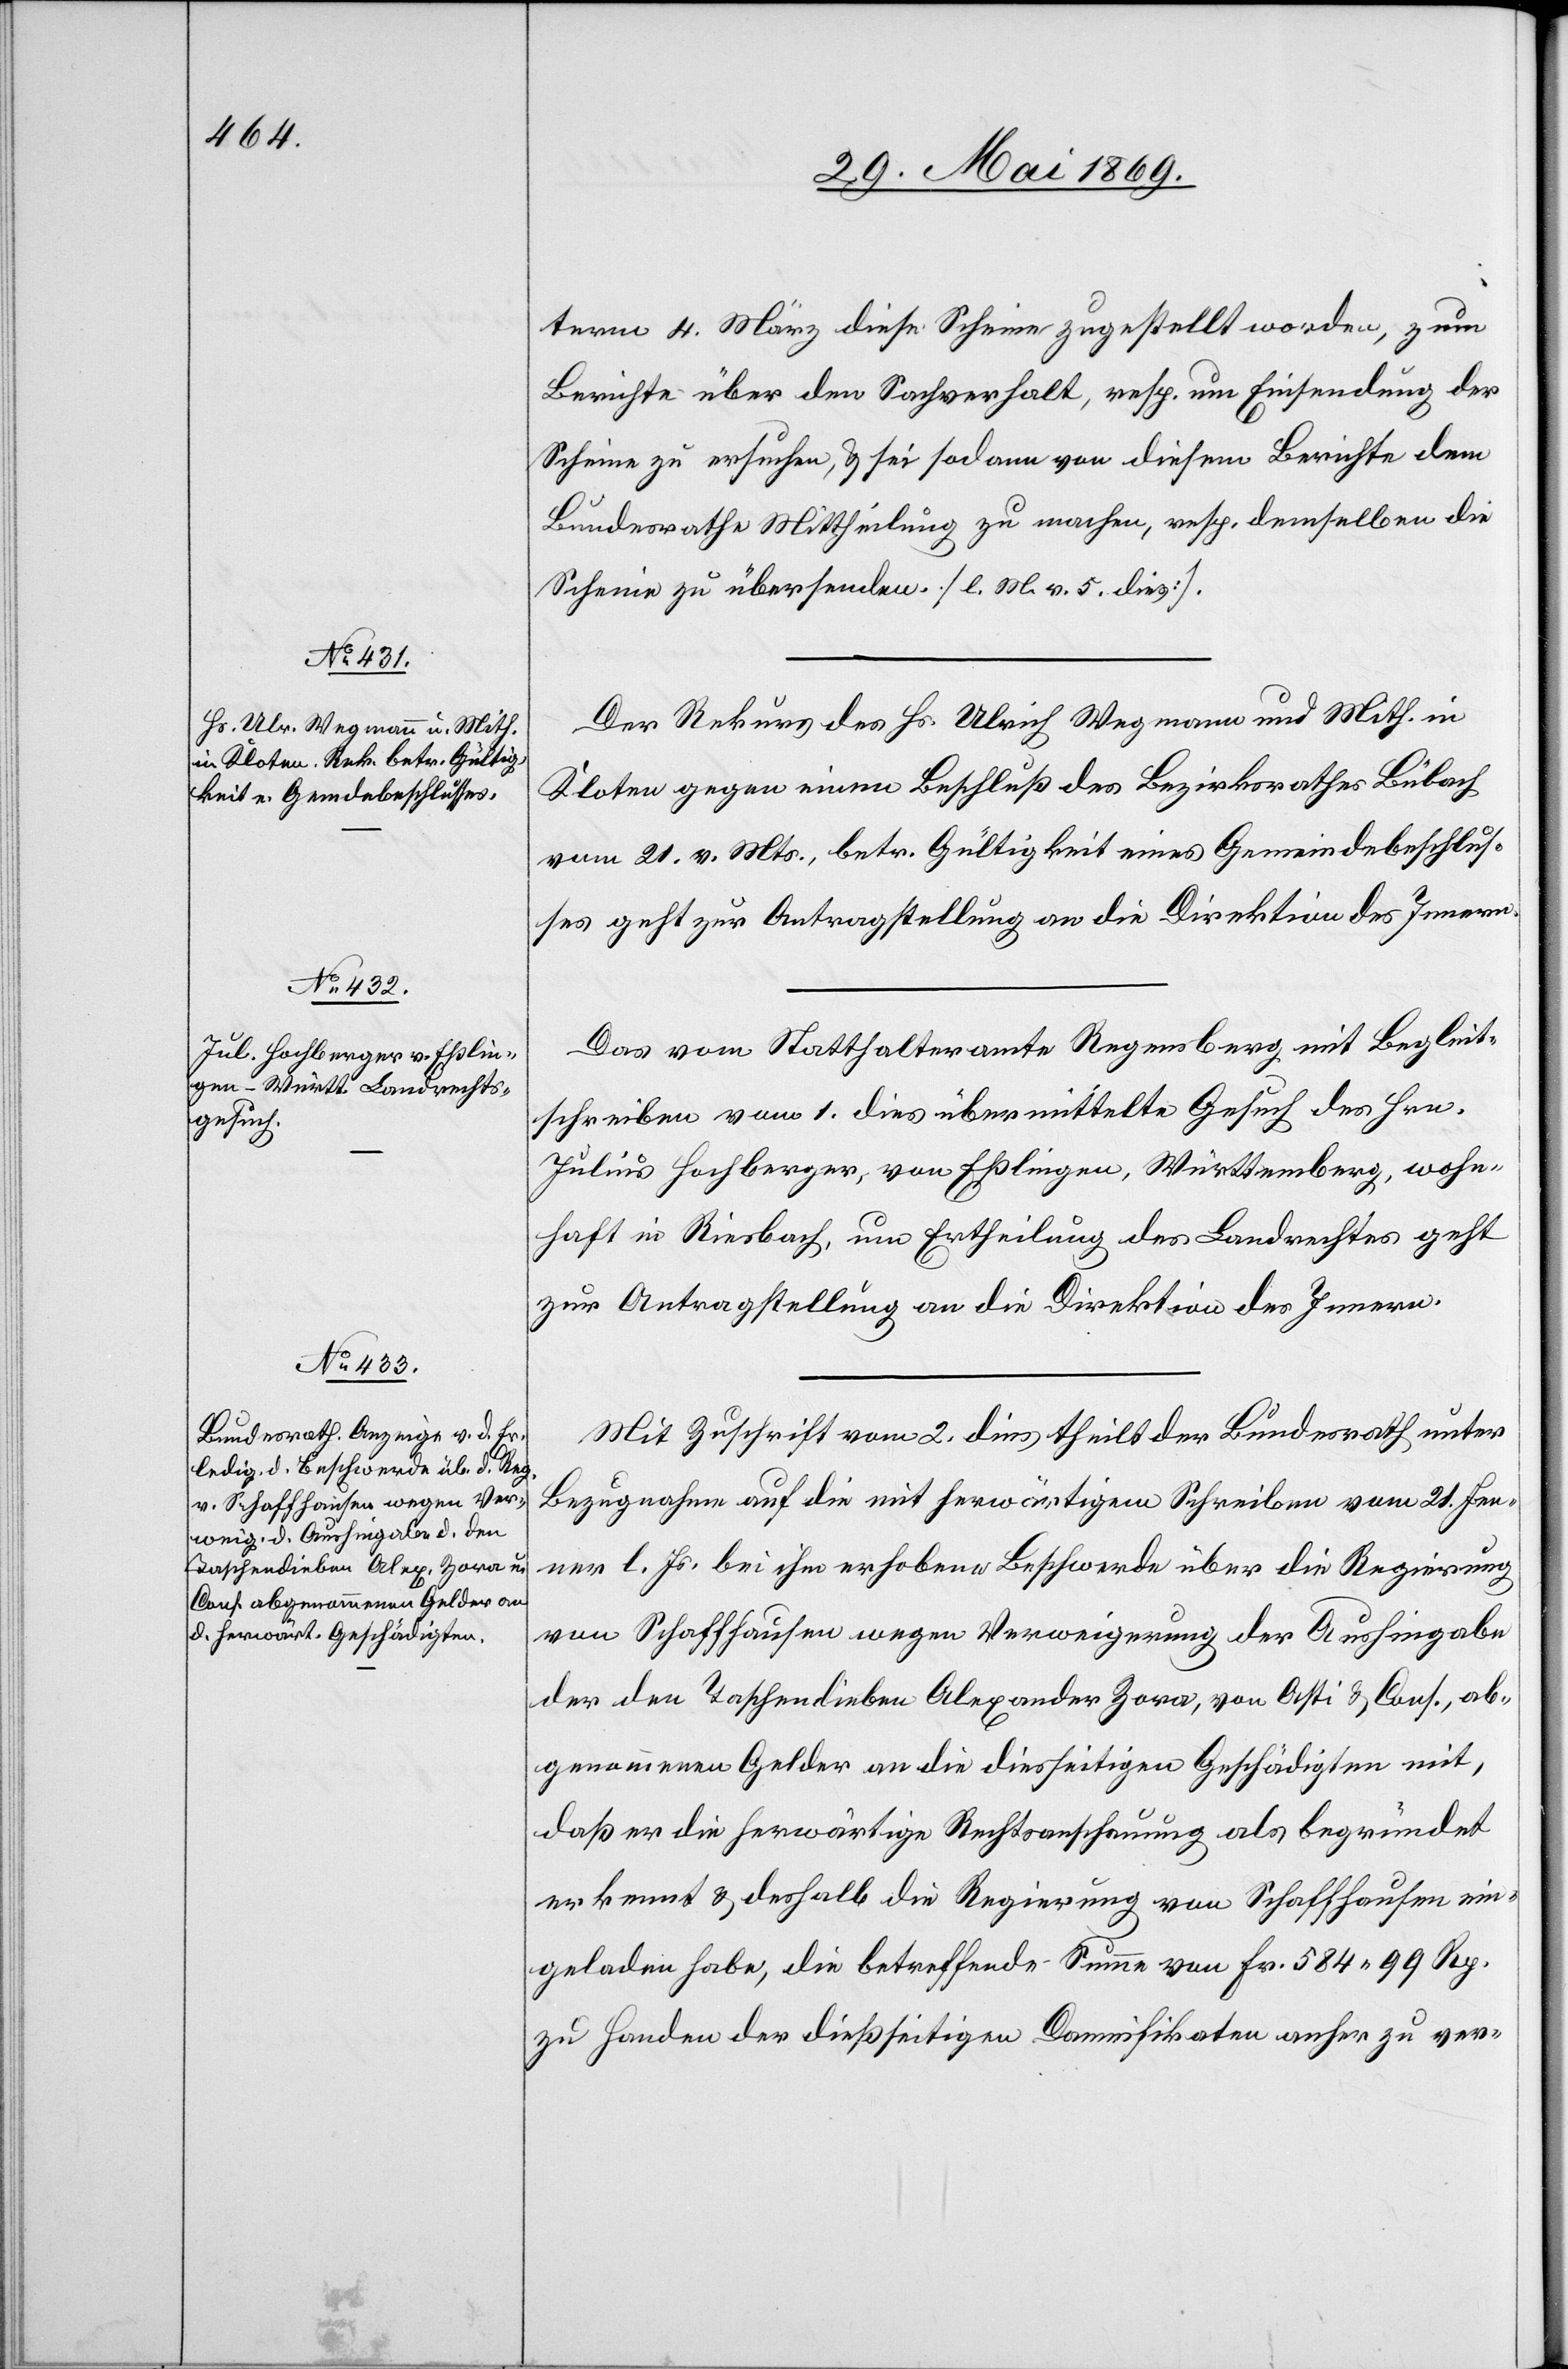
term 4. März diese Scheine zugestellt worden, zum
Berichte über den Sachverhalt, resp. um Einsendung der
Scheine zu ersuchen, u. sei sodann von diesem Berichte dem
Bundesrathe Mittheilung zu machen, resp. demselben die
Scheine zu übersenden. [l. M. v. 5. dies]
Der Rekurs des Hs. Ulrich Wegmann und Mith. in
Kloten gegen einen Beschluß des Bezirksrathes Bülach
vom 21. v. Mts., betr. Gültigkeit eines Gemeindebeschlus¬
ses geht zur Antragstellung an die Direktion des Innern.
Das vom Statthalteramte Regensberg mit Begleit¬
schreiben vom 1. dies übermittelte Gesuch des Hrn.
Julius Hochberger, von Eßlingen, Württemberg, wohn¬
haft in Riesbach, um Ertheilung des Landrechtes geht
zur Antragstellung an die Direktion des Innern.
Mit Zuschrift vom 2. dies theilt der Bundesrath unter
Bezugnahme auf die mit herwärtigem Schreiben vom 21. Jen¬
ner l. Js. bei ihm erhobene Beschwerde über die Regierung
von Schaffhausen wegen Verweigerung der Aushingabe
der den Taschendieben Alexander Zora, von Ossi u. Cons. ab¬
genommenen Gelder an die diesseitige Geschädigten mit,
daß er die herwärtige Rechtsanschauung als begründet
erkennt u. deshalb die Regierung von Schaffhausen ein¬
geladen habe, die betreffende Summe von Fr. 584.99 Rp.
zu Handen der dießseitigen Damnifikation anher zu ver-